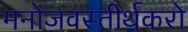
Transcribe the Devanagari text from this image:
मनोजवस्तीर्थकरो